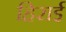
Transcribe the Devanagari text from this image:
हिराई